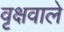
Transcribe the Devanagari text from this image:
वृक्षवाले